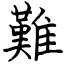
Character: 難